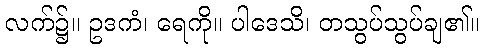
လက်၌။ ဥဒကံ၊ ရေကို။ ပါဒေသိ၊ တသွပ်သွပ်ချ၏။